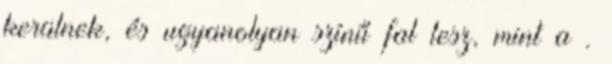
kerülnek, és ugyanolyan színű fal lesz, mint a .